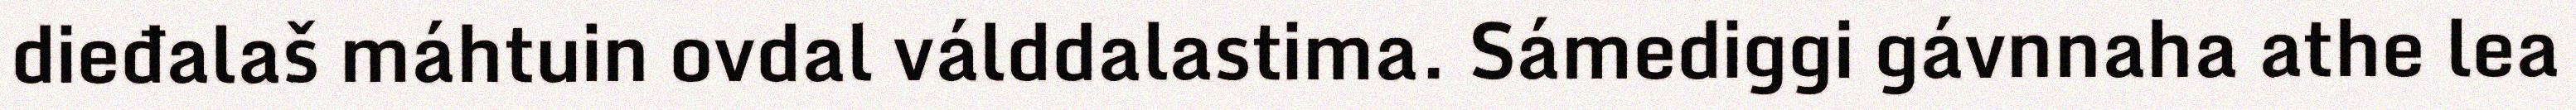
dieđalaš máhtuin ovdal válddalastima. Sámediggi gávnnaha athe lea